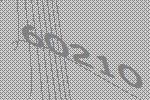
60210